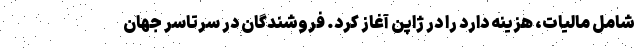
شامل مالیات، هزینه دارد را در ژاپن آغاز کرد. فروشندگان در سرتاسر جهان